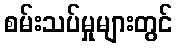
စမ်းသပ်မှုများတွင်